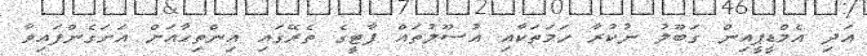
އަދި އެމްޑީޕީއިން ގަބޫލު ނުކުރާ ހަމަތަކާއި އުސޫލުތައް ޕާޓީގެ ތެރޭގައި އިންތިހާއަށް އަށަގެންފައިވާ